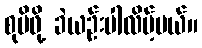
စုမိဖို့ ခဲယဉ်းပါလိမ့်မယ်။